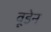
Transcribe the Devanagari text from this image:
वूडेन